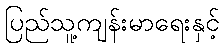
ပြည်သူ့ကျန်းမာရေးနှင့်